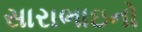
સારાભાઇનો